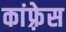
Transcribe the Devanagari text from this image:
कांफ़्रेस